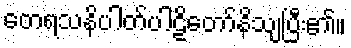
တေရသနိပါတ်ပါဠိတော်နိသျပြီး၏။